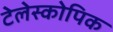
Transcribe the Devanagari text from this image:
टेलेस्कोपिक